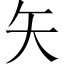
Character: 矢